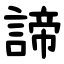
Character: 諦